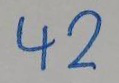
42